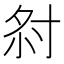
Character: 𡭫